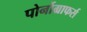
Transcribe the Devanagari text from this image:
पोर्नोग्राफर्स